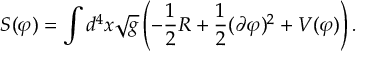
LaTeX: S ( \varphi ) = \int d ^ { 4 } x \sqrt { g } \left( - { \frac { 1 } { 2 } } R + { \frac { 1 } { 2 } } ( \partial \varphi ) ^ { 2 } + V ( \varphi ) \right) .